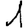
Digit: 1